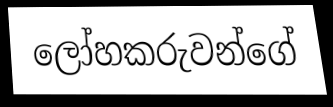
ලෝහකරුවන්ගේ